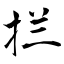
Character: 拦